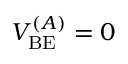
V _ { \mathrm { B E } } ^ { ( A ) } = 0